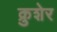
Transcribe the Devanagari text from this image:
क्रुशेर